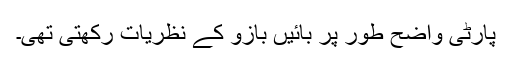
پارٹی واضح طور پر بائیں بازو کے نظریات رکھتی تھی۔